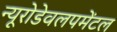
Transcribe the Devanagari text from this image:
न्यूरोडेवलपमेंटल